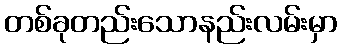
တစ်ခုတည်းသောနည်းလမ်းမှာ